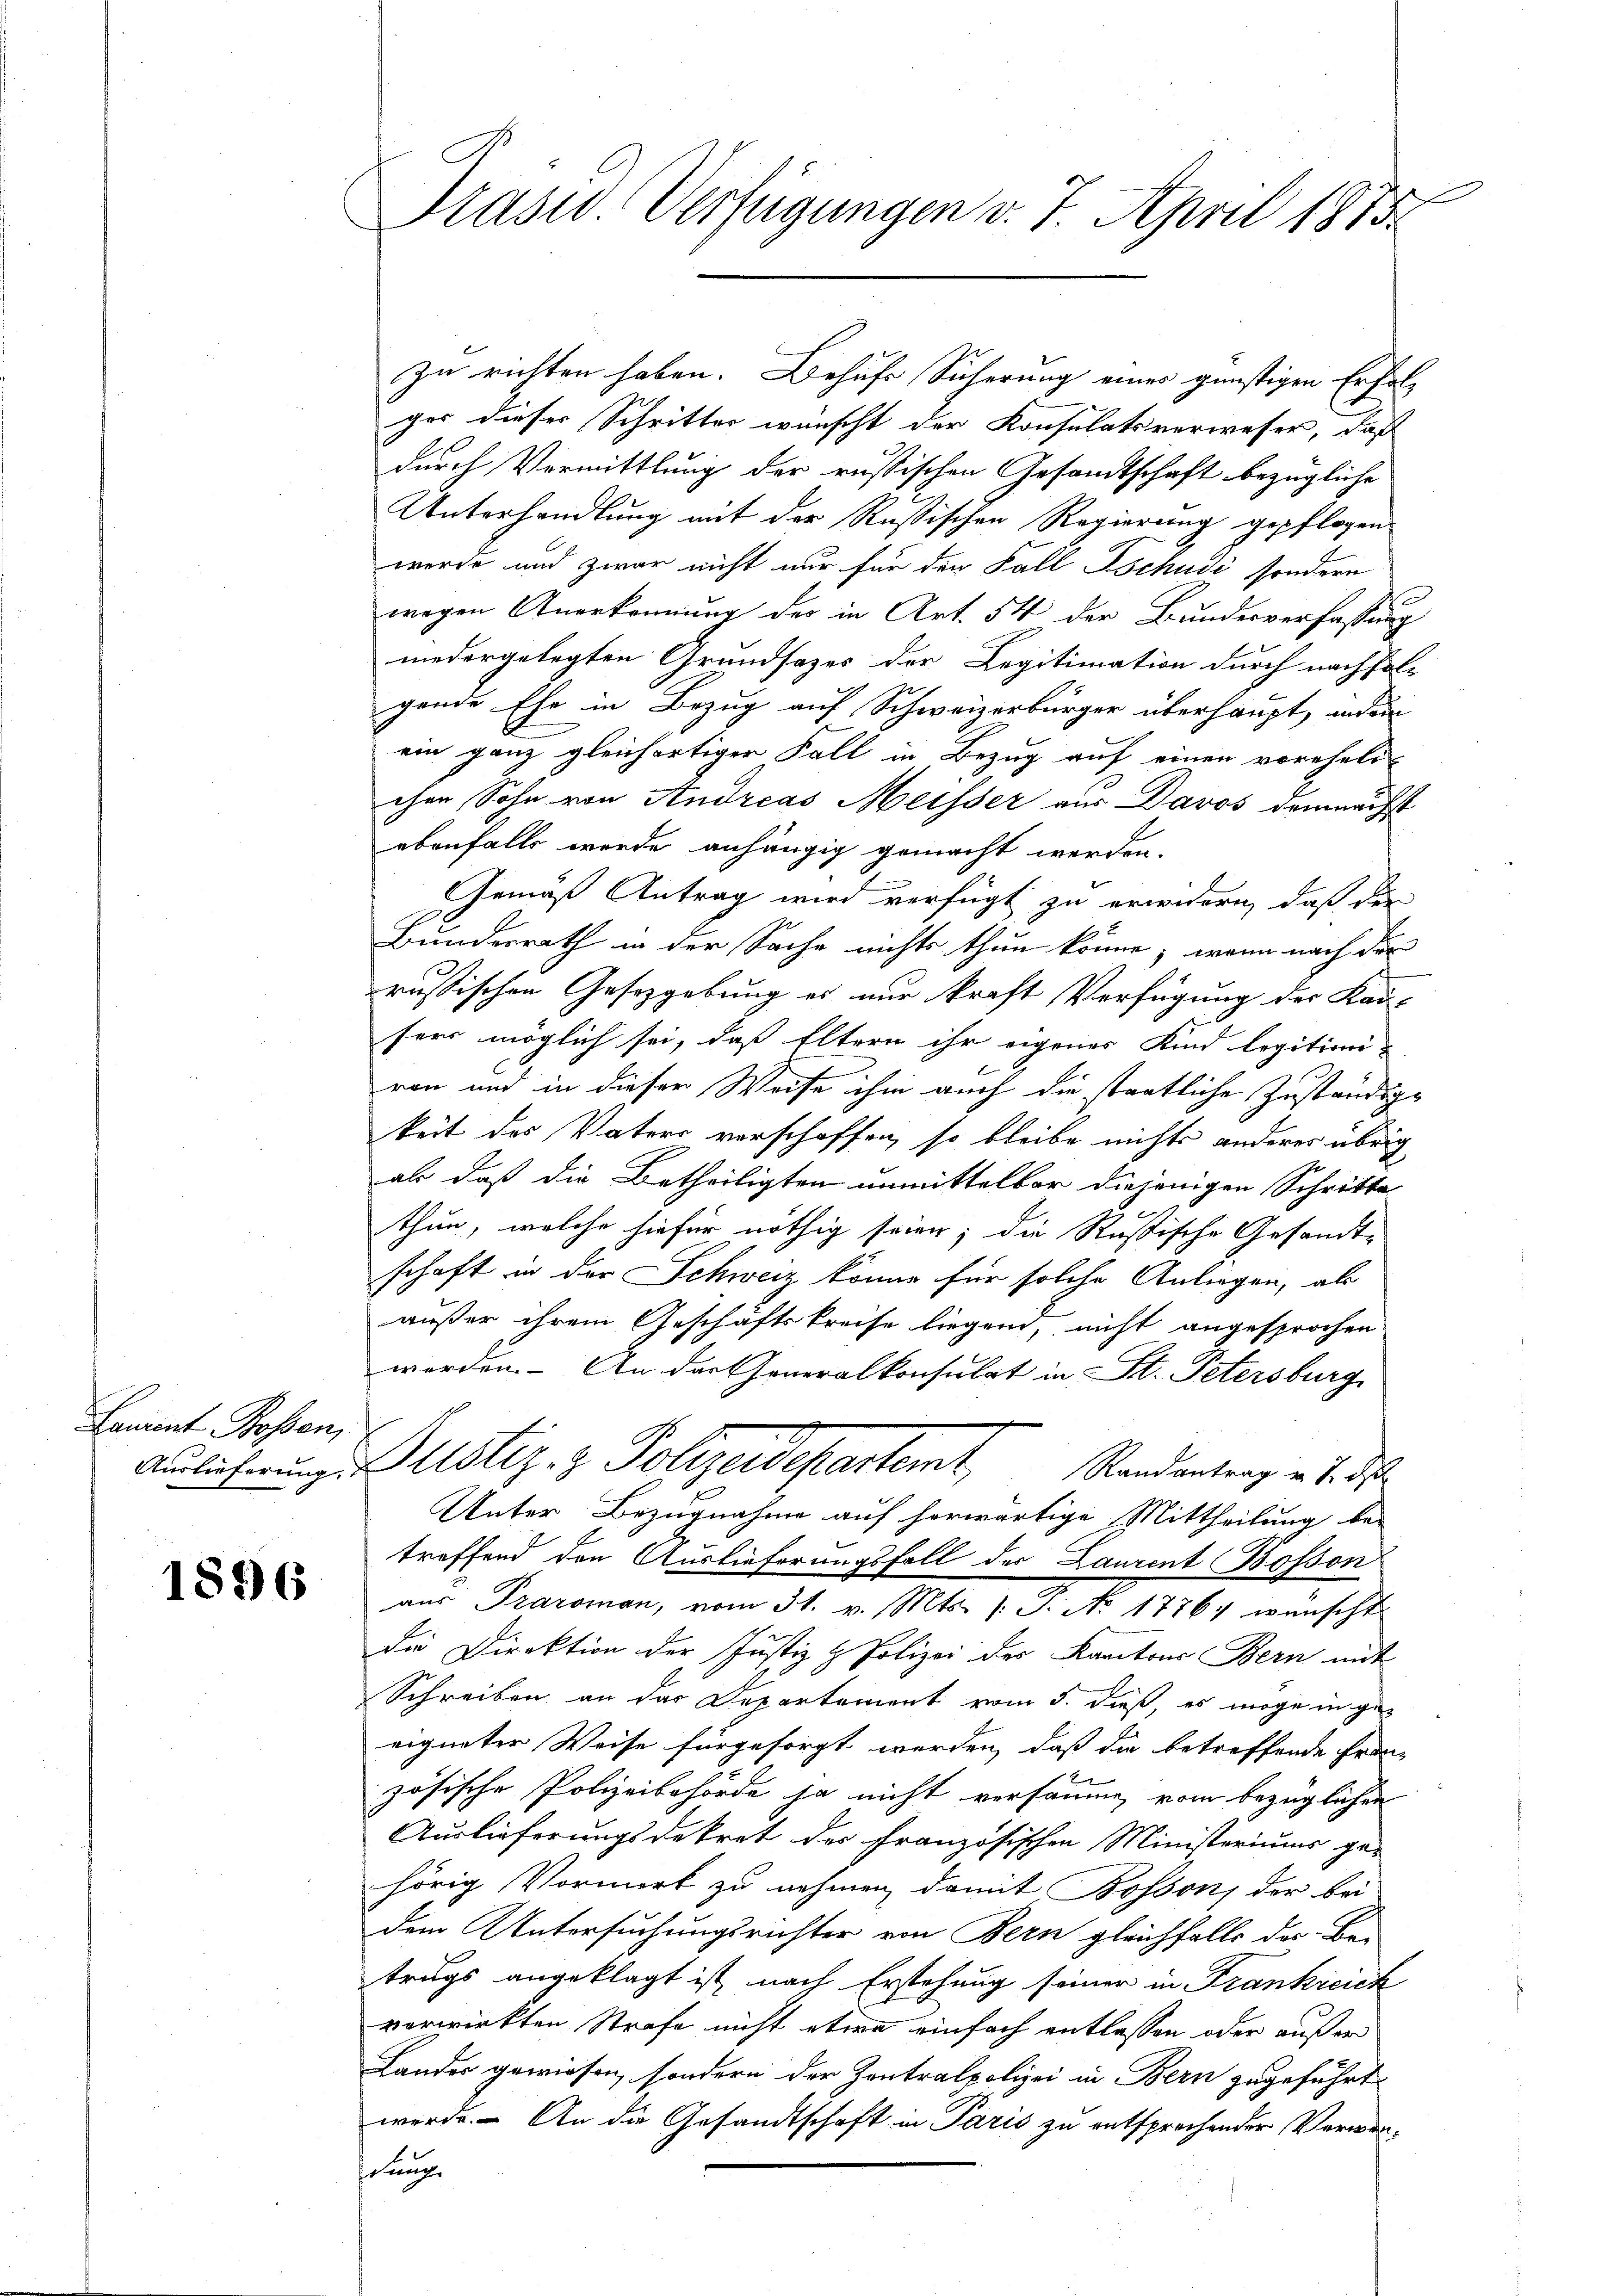
Sament Rossen,

1896

Präses Verfügungen v. 7. April 1873.

zu richten haben. Behufs Sicherung einer günstigen Erfolg
ges dieses Schritter wünscht der Konsulatsverweser, daß
durch Vormittlung der russischen Gesandtschaft bezügliche
Unterhandlung mit der Rußischen Regierung gepflogen
werde und zwar nicht nur für den Fall Tschudi sondern
wegen Anerkennung des in Art. 54 der Bundesverfassung
niedergelegten Grundsatzes der Legitimation durch nachfolgende Ehe in Bezug auf Schweizerbürger überhaupt, und ein
ein ganz gleichartiger Fall in Bezug auf einen voreheli-
chen Sohn von Andreas Meisser aus Davos demnächst
ebenfalls werde anhängig gemacht werden.
GGemäß Antrag wird verfügt zu erwidern, daß der
Bundesrath in der Sache nichts thun könne; wenn nach der
russischen Gesetzgebung es nur kraft Verfügung des Kau-
sers möglich sei, daß Eltern ihr eigenes Kind legitioniron und in dieser Weise ihm auch die staatliche Zuständige
keit des Vaters verschaffen, so bleibe nichts anderes übrig
als daß die Betheiligten unmittelbar diejenigen Schritte
thun, welche hiefür nöthig seien; die Rußische Gesandt-
schaft in der Schweiz könne für solche Anlagen, als
außer ihrem Geschäftskreise liegend, nicht angesprochen
worden. An das Generalkonsulat in St. Petersburg
Auführung in Astiz- & Polizeidepartent
Randantrag v. 7. ds.
Unter Bezugnahme auf herwärtige Mittheilung bei
treffend den Auslieferungsfall der Laurent Bosson
aus Praroman, vom 31. v. Mts. (: S. No 1776 wünscht
Die Direktion der Justiz & Polizei der Kantons Bern mit
Schreiben an das Departement vom 5. dieß, es möge in geeigneter Weise für gesorgt werden, daß die betreffende Franxx
zösische Polizeibehörde ja nicht versamm vom bezüglichen
Auslieferungsdekret des französischen Ministeriums ge-
hörig Vormerk zu nehmen, damit Bosson der bei
dem Untersuchungsrichter von Bern gleichfalls der Be-
trugs angeklagt ist nach Erstehung seiner in Frankreich
verwirkten Strafe nicht etwa einfach entlassen oder außer
Landes gewiesen, sondern der Zentralpolizei in Bern zugeführt
werde. – An die Gesandtschaft in Paris zu entsprechender Verwenselung